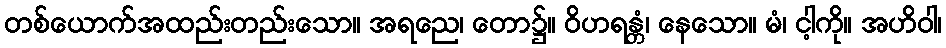
တစ်ယောက်အထည်းတည်းသော။ အရညေ၊ တော၌။ ဝိဟရန္တံ၊ နေသော။ မံ၊ ငါ့ကို။ အဟိဝါ၊